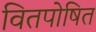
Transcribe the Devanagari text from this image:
वितपोषित